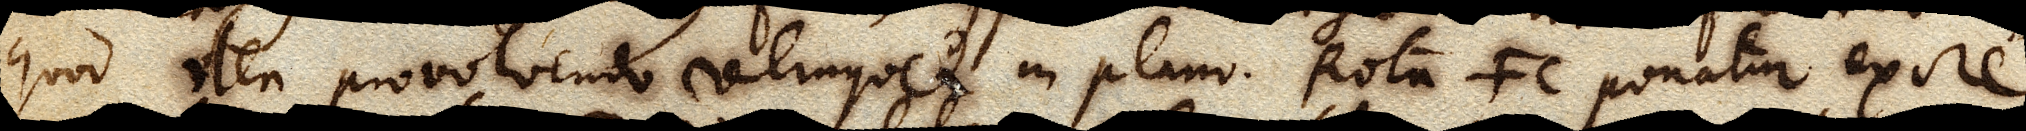
quod iter provolvendo relinquet in plano. Rota FC ponatur exire